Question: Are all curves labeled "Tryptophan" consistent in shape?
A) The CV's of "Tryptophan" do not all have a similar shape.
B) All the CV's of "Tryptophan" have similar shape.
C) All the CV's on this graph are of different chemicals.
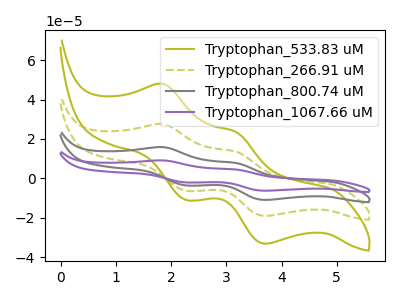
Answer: <think>The olive curve "Tryptophan_533.83 uM" has anodic peaks at (1.85V, 47.90uA) (3.15V, 23.55uA) and cathodic peaks at (2.30V, -11.00uA) (3.70V, -33.15uA). The olive dashed curve "Tryptophan_266.91 uM" has anodic peaks at (1.85V, 27.50uA) (3.15V, 13.55uA) and cathodic peaks at (2.30V, -6.30uA) (3.70V, -19.05uA). The gray curve "Tryptophan_800.74 uM" has anodic peaks at (1.85V, 55.05uA) (3.15V, 27.10uA) and cathodic peaks at (2.30V, -12.65uA) (3.70V, -38.10uA). The purple curve "Tryptophan_1067.66 uM" has anodic peaks at (1.85V, 82.55uA) (3.15V, 40.65uA) and cathodic peaks at (2.30V, -18.95uA) (3.70V, -57.20uA).
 All the peaks in "Tryptophan_533.83 uM" have a peak in "Tryptophan_266.91 uM" at the same potential. Every peak in "Tryptophan_533.83 uM" is higher than every peak in "Tryptophan_266.91 uM". All the peaks in "Tryptophan_533.83 uM" have a peak in "Tryptophan_800.74 uM" at the same potential. Every peak in "Tryptophan_533.83 uM" is lower than every peak in "Tryptophan_800.74 uM". All the peaks in "Tryptophan_533.83 uM" have a peak in "Tryptophan_1067.66 uM" at the same potential. Every peak in "Tryptophan_533.83 uM" is lower than every peak in "Tryptophan_1067.66 uM". All the peaks in "Tryptophan_266.91 uM" have a peak in "Tryptophan_800.74 uM" at the same potential. Every peak in "Tryptophan_266.91 uM" is lower than every peak in "Tryptophan_800.74 uM". All the peaks in "Tryptophan_266.91 uM" have a peak in "Tryptophan_1067.66 uM" at the same potential. Every peak in "Tryptophan_266.91 uM" is lower than every peak in "Tryptophan_1067.66 uM". All the peaks in "Tryptophan_800.74 uM" have a peak in "Tryptophan_1067.66 uM" at the same potential. Every peak in "Tryptophan_800.74 uM" is lower than every peak in "Tryptophan_1067.66 uM".</think>
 <answer>B) All the CV's of "Tryptophan" have similar shape.</answer>
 <eval>B</eval>